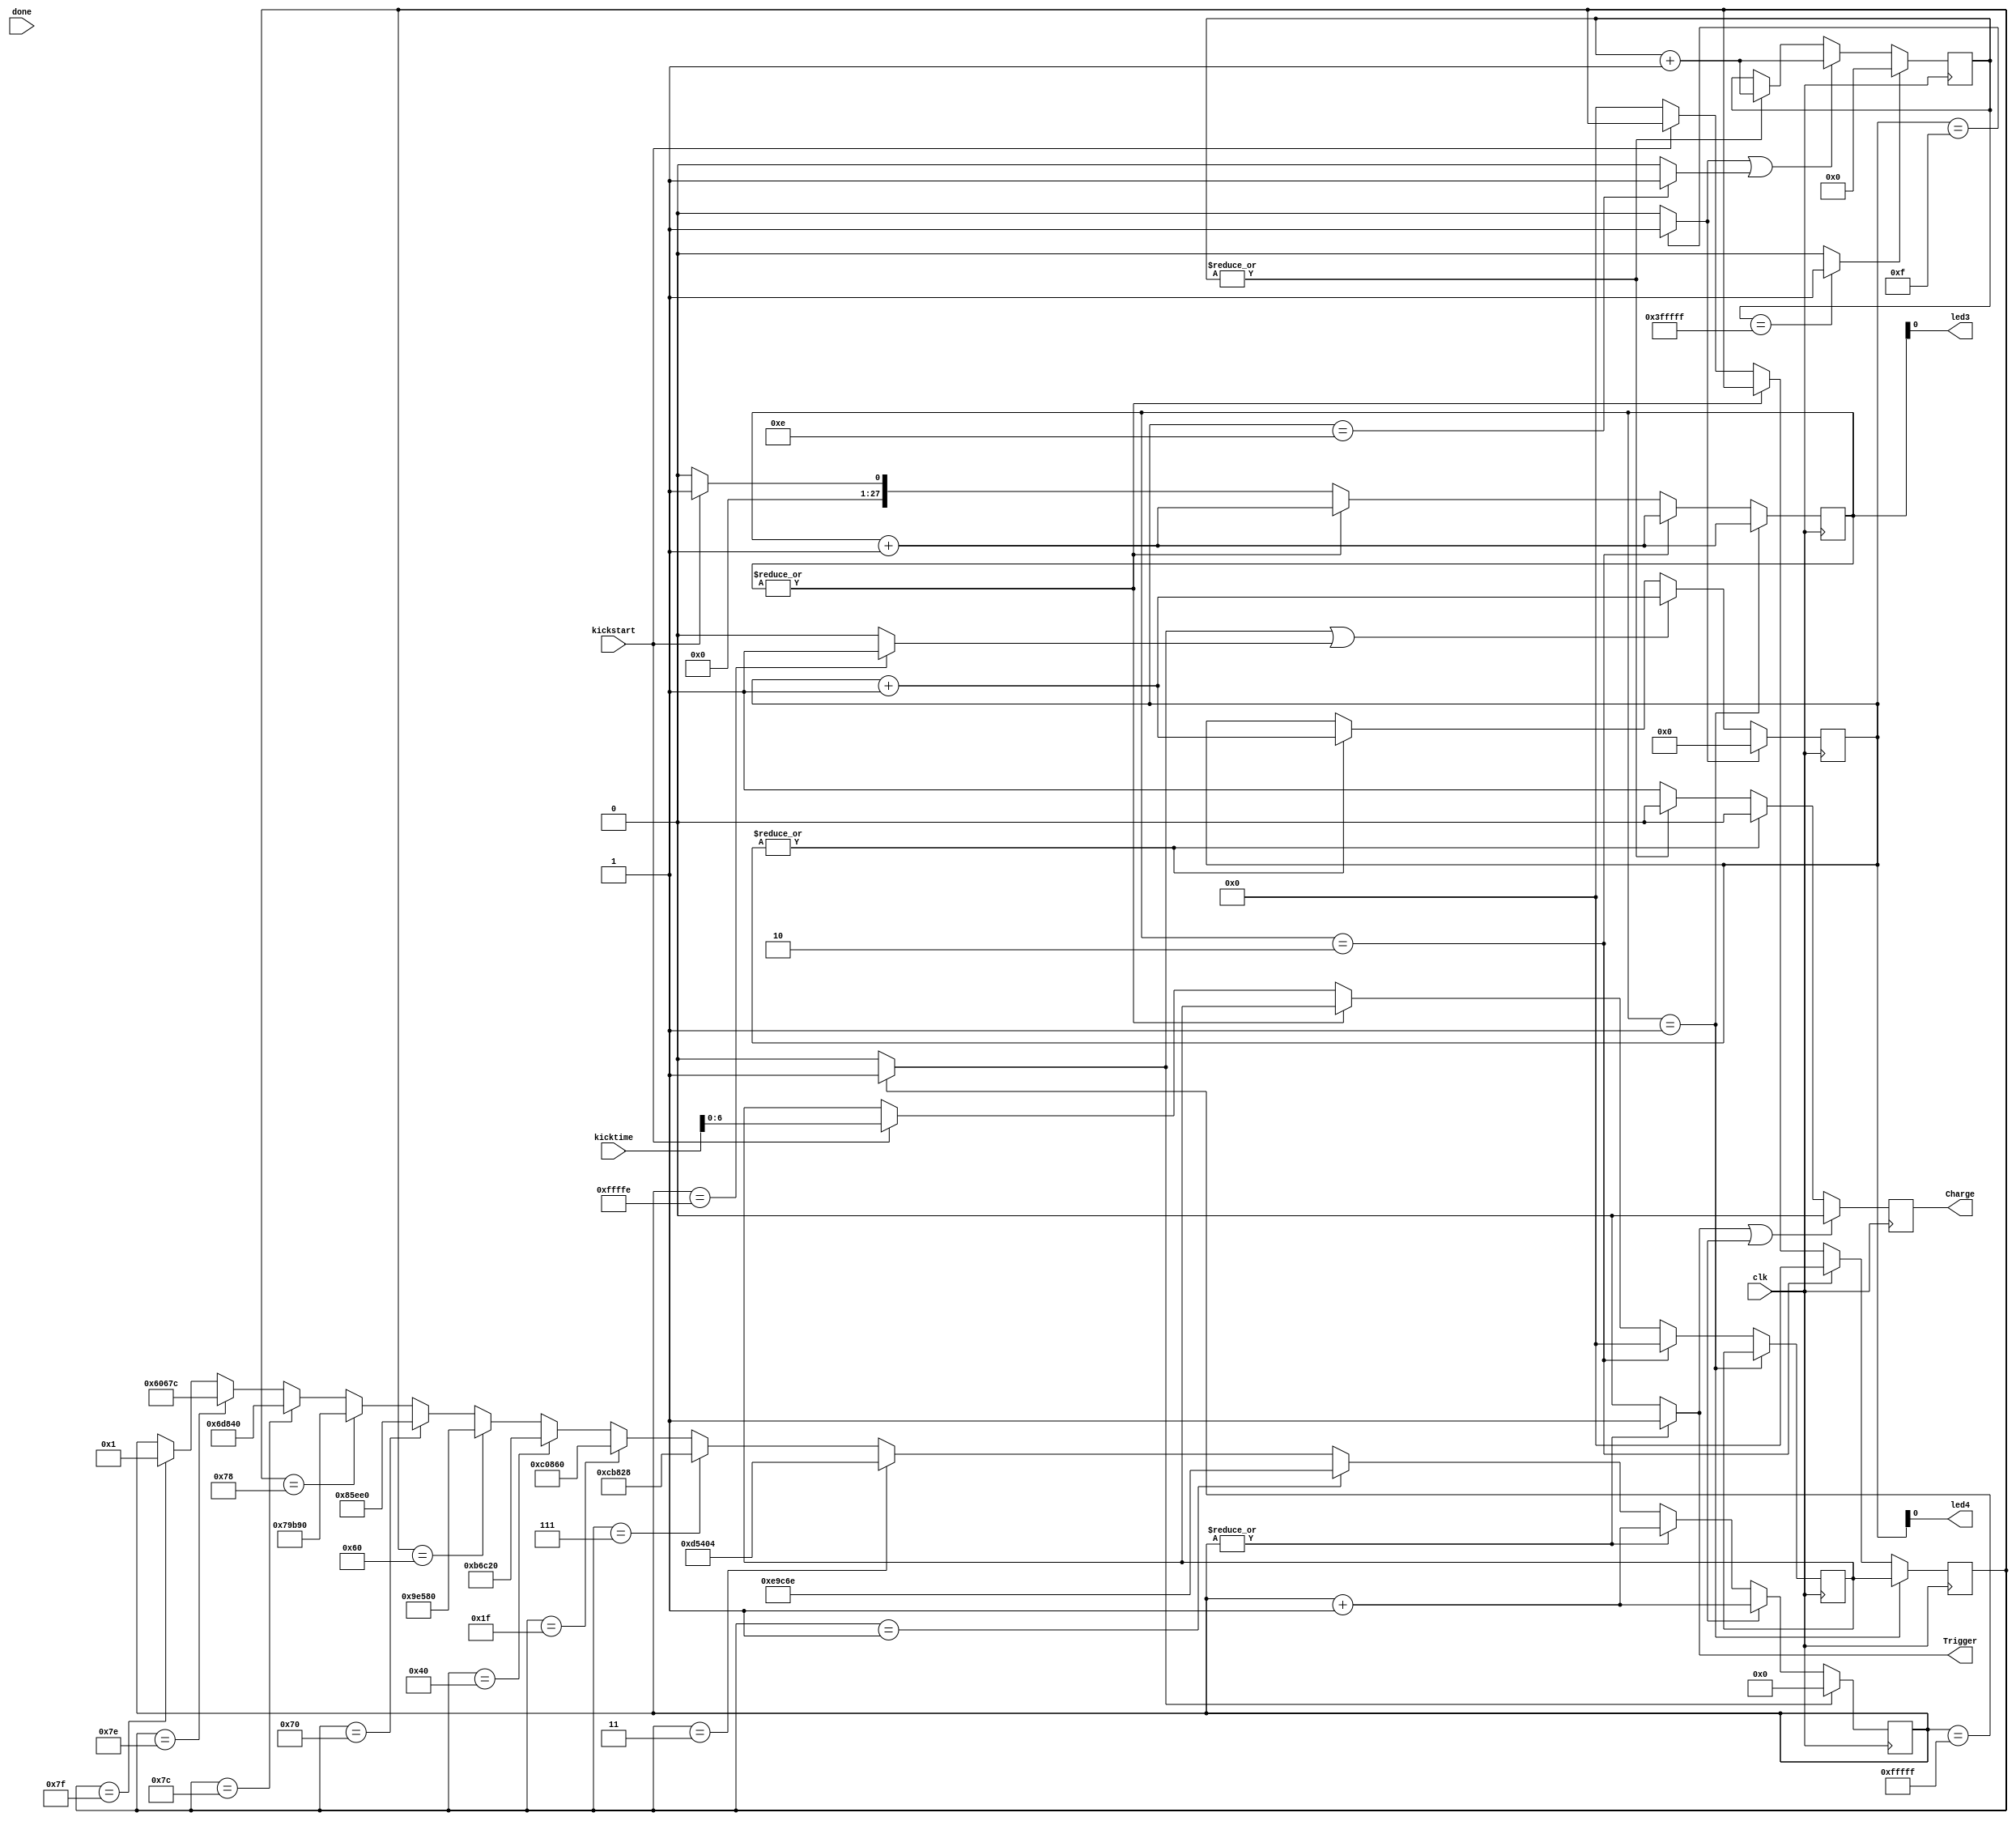
`timescale 1ns / 1ps
//////////////////////////////////////////////////////////////////////////////////
module kicker (Charge, done, Trigger, clk, kicktime,kickstart,led3,led4);

input clk;
input done; 
input [7:0]kicktime;
input kickstart;

output Charge;
output Trigger;
output led3,led4;

reg charge;
reg [19:0]counter;
reg [3:0]counter2;
reg [27:0]counter3;
reg [21:0]counter4;
reg [4:0]counter5;
reg kick;
reg [6:0]TIME;
reg [6:0]timek;
wire [6:0]Time;
wire ticker2;
wire ticker3;
wire ticker8;
wire ticker9;

assign led3=counter3[0];
assign led4=counter2[0];
assign Charge = charge;


//reg counter6;

//always@( kickstart) begin

//if(kickstart)  counter6 <= 1;
//else counter6 <=0;



//end




always@(posedge clk  ) begin


 //  else if(|counter3) counter3 <= counter3 + 1;
	 
     
		if(counter3 == 28'b0000000000000000000000000001) begin TIME <= timek;  counter3 <= counter3 + 1; end
		
		else if(counter3 == 28'b0000000000000000000000000010) begin 
		TIME <= 0; timek <=0; counter3 <= counter3 + 1; 
		end
		
		
		else if(|counter3) counter3 <= counter3 + 1;
		
		
	   else if(kickstart) begin
      counter3 <= 28'b0000000000000000000000000001;
       timek <= kicktime;
      end
		else begin TIME <=0; counter3 <=0;
   // else begin  counter3 <= 28'b0000000000000000000000000000; timek <=7'b0000000; end

end

end


always@(posedge clk)
begin

	if (Trigger||kick) charge <= 0;
	else if(|counter2) charge <= 0;
	else if(|counter4) charge <= 0;
		else charge <= 1;
		
end


assign Trigger = (|counter)? 1 : 0 ;
assign ticker = (counter == 20'b11111111111111111111) ? 1 : 0;					// set the discharge time here


always@ (posedge clk)
begin

	if (ticker)                  counter <= 0;
	else if (kick)               counter <= counter + 1;
	else if (|counter)            counter <= counter + 1;
	else if(TIME==7'b0000001)  begin counter<=957550;end
	else if(TIME==7'b0000011)  begin counter<=873476;end
	else if(TIME==7'b0000111)  begin counter<=833576;end
	else if(TIME==7'b0011111)  begin counter<=788576;end
	else if(TIME==7'b1000000)  begin counter<=748576; end
	else if(TIME==7'b1100000)  begin counter<=648576;end
	else if(TIME==7'b1110000)  begin counter<=548576;end
	else if(TIME==7'b1111000)  begin counter<=498576; end
	else if(TIME==7'b1111100)  begin counter<=448576; end
	else if(TIME==7'b1111110)  begin counter<=394876;end
	else if(TIME==7'b1111111)  begin counter<=1;end
	//else if(TIME==7'b0000000)  begin counter <=0; kick <=0; end

end

assign ticker2 =(counter2 == 4'b1111) ? 1 : 0;	
assign ticker8= (counter == 20'b11111111111111111110) ? 1 : 0;	

always@(posedge clk) begin

   if   (ticker2 )  counter2 <=0;
   else if (ticker|ticker8) counter2 <= counter2  + 1;
	else if(|counter2) counter2 <= counter2  + 1;


end

assign ticker3 =( counter4 == 22'b1111111111111111111111) ? 1: 0;
assign ticker9 =(counter2 == 4'b1110) ? 1 : 0;	
always@(posedge clk) begin
 if (ticker3) counter4 <= 0 ;
 else if(ticker2|ticker9) counter4 <= counter4 +1;
 else if(|counter4) counter4 <= counter4 +1;

end

endmodule